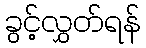
ခွင့်လွှတ်ရန်